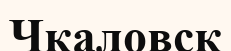
Чкаловск